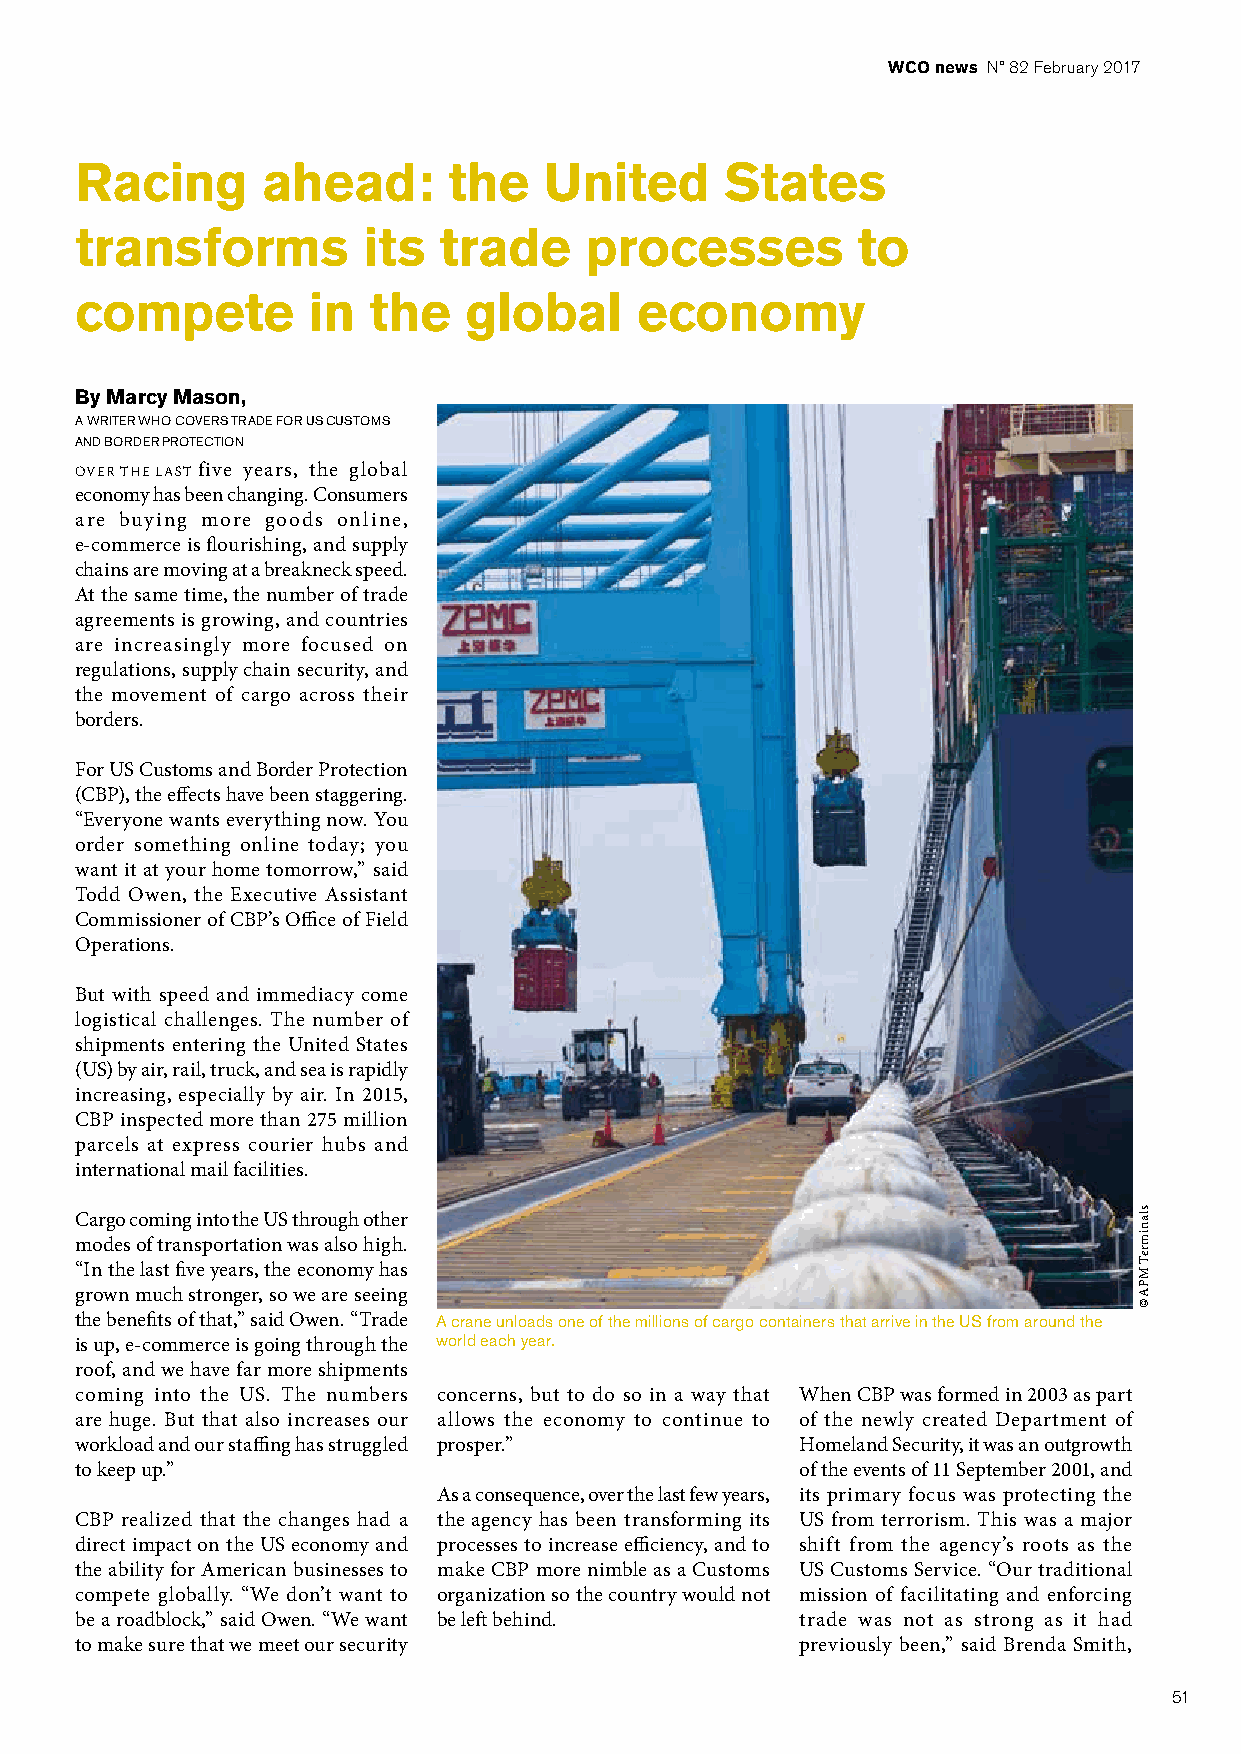
WCO news N° 82 February 2017
 Racing      ahead:       the   United      States
 transforms         its  trade     processes         to
 compete        in  the    global     economy
 By Marcy Mason,
 A WRITER WHO COVERS TRADE FOR US CUSTOMS
 AND BORDER PROTECTION
 OVER THE LAST five years, the global
 economy has been changing. Consumers
 are buying more goods online,
 e-commerce is flourishing, and supply
 chains are moving at a breakneck speed.
 At the same time, the number of trade
 agreements is growing, and countries
 are increasingly more focused on
 regulations, supply chain security, and
 the movement of cargo across their
 borders.
 For US Customs and Border Protection
 (CBP), the effects have been staggering.
 “Everyone wants everything now. You
 order something online today; you
 want it at your home tomorrow,” said
 Todd Owen, the Executive Assistant
 Commissioner of CBP’s Office of Field
 Operations.
 But with speed and immediacy come
 logistical challenges. The number of
 shipments entering the United States
 (US) by air, rail, truck, and sea is rapidly
 EXPERT SOFTWARE
 increasing, especially by air. In 2015,
 CBP inspected more than 275 million
 at the heart of International Trade parcels at express courier hubs and
 international mail facilities.
 Cargo coming into the US through other
 modes of transportation was also high.
 “In the last five years, the economy has
 LOGISTICS AND INTERNATIONAL
 CUSTOMS grown much stronger, so we are seeing
 FREIGHT FORWARDING the benefits of that,” said Owen. “Trade A crane unloads one of the millions of cargo containers that arrive in the US from around the
 is up, e-commerce is going through the world each year.
 roof, and we have far more shipments
 coming into the US. The numbers concerns, but to do so in a way that When CBP was formed in 2003 as part
 are huge. But that also increases our allows the economy to continue to of the newly created Department of
 CUSTOMS
 workload and our staffing has struggled prosper.” Homeland Security, it was an outgrowth
 to keep up.”                                    of the events of 11 September 2001, and
 As a consequence, over the last few years, its primary focus was protecting the
 A growth booster at the heart of
 CBP realized that the changes had a the agency has been transforming its US from terrorism. This was a major
 the supply-chain for over 25 years direct impact on the US economy and processes to increase efficiency, and to shift from the agency’s roots as the
 the ability for American businesses to make CBP more nimble as a Customs US Customs Service. “Our traditional
 compete globally. “We don’t want to organization so the country would not mission of facilitating and enforcing
 be a roadblock,” said Owen. “We want be left behind. trade was not as strong as it had
 +33 (0)9 72 72 23 62 www.akanea.com
 to make sure that we meet our security          previously been,” said Brenda Smith,
 (non-surcharged call)
 51
 RCS Lyon 330 573 775 - SAS au capital de 623 434€ Crédits photos : Fotolia - Shutterstock
 slanimreT
 MPA
 ©